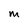
Character: M